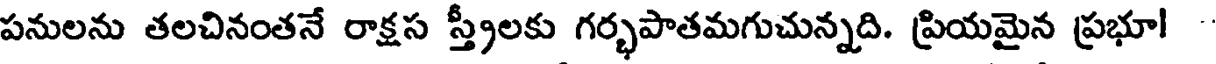
పనులను తలచినంతనే రాక్షస స్త్రీలకు గర్భపాతమగుచున్నది. ప్రియమైన ప్రభూ!